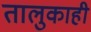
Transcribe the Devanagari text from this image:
तालुकाही